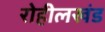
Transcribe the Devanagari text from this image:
रोहीलखंड